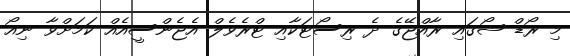
މި ރޯޑް ޝޯގައި ރާއްޖޭގެ ދެ ރިސޯޓަކާއި ޓްރެވެލް އެޖެންސީއެއް ކަމަށްވާ ނިއޯ